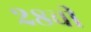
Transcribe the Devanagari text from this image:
२८वी